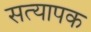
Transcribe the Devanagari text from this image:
सत्यापक